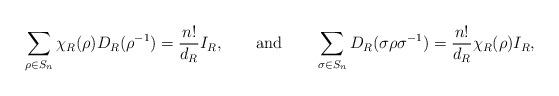
LaTeX: \begin{align*}\sum_{\rho \in S_n}^{} \chi_R (\rho) D_R (\rho^{-1}) = \frac{n!}{d_R}I_R,\qquad{\rm and} \qquad\sum_{\sigma \in S_n}^{} D_R (\sigma \rho \sigma^{-1}) =\frac{n!}{d_R} \chi_R (\rho) I_R,\end{align*}